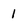
Character: 1